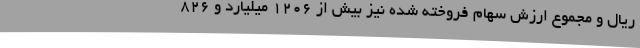
ریال و مجموع ارزش سهام فروخته ‌شده نیز بیش از 1206 میلیارد و 826